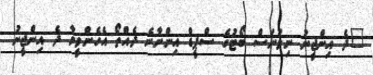
"ދެ އިންޖީނު ނިވުނަސް ބޯޓުގެ ސްޕީޑް އިންނާނެ ދެއްތޯ އެހެންވީމާ ދެ އިންޖީނު